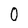
Character: 0